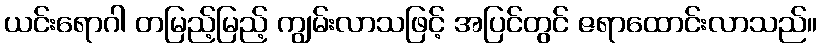
ယင်းရောဂါ တမြည့်မြည့် ကျွမ်းလာသဖြင့် အပြင်တွင် ဇရာထောင်းလာသည်။